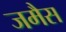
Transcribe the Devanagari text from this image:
जमैस